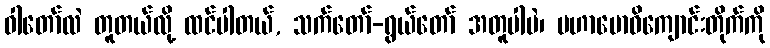
ဝါတော်လဲ တူတယ်လို့ ထင်ပါတယ်, သက်တော်-ရွယ်တော် အတူပါပဲ၊ မဟာဗောဓိကျောင်းတိုက်ကို